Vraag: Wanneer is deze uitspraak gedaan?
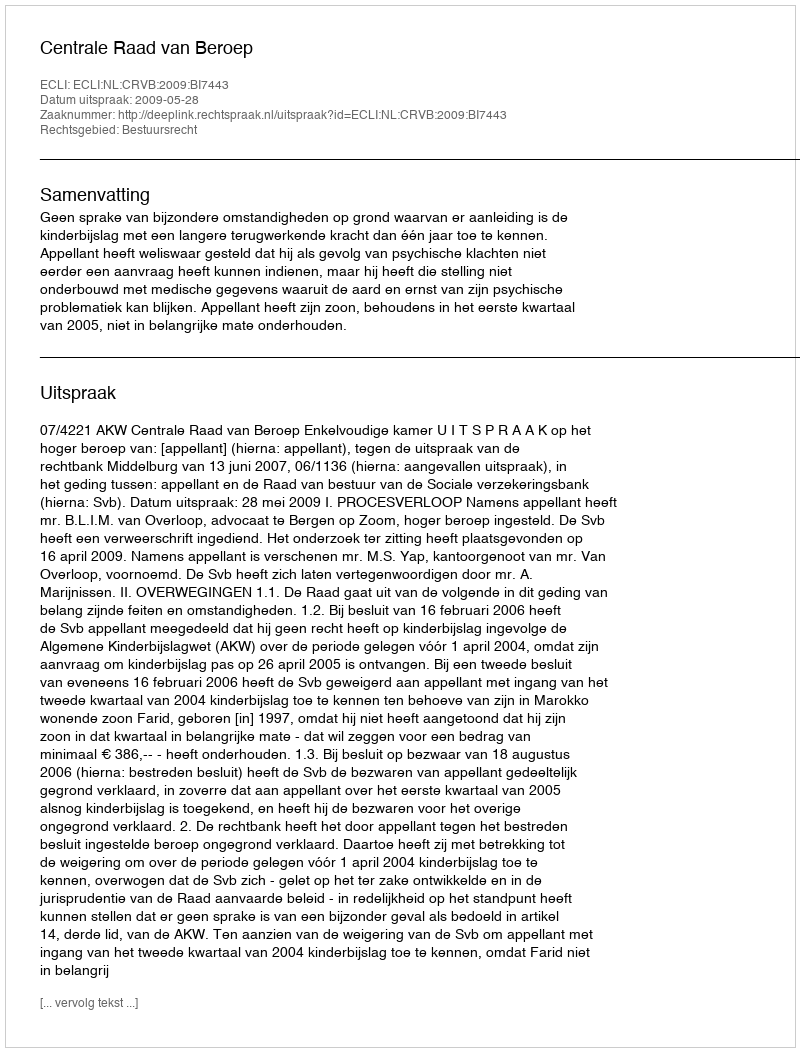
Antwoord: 2009-05-28